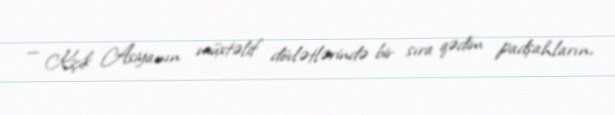
— Kiçik Asiyanın müxtəlif dövlətlərində bir sıra qədim padşahların,